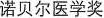
诺贝尔医学奖